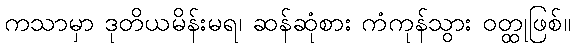
ကသာမှာ ဒုတိယမိန်းမရ၊ ဆန်ဆုံစား ကံကုန်သွား ဝတ္ထုဖြစ်။